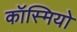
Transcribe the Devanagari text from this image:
कॉस्मियो